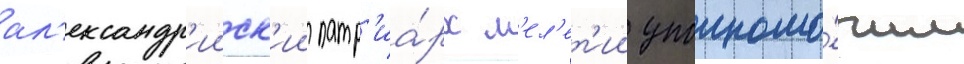
ал'ександр'ииск'ии патр'иа́рх м'ел'ет'ии уполномо́чил